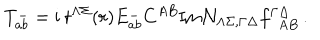
T _ { a b } ^ { - } = \mathrm { i } \ t ^ { \Lambda \Sigma } ( r ) E _ { a b } ^ { - } C ^ { A B } \mathrm { I m } { \cal N } _ { \Lambda \Sigma , \Gamma \Delta } f _ { ~ ~ A B } ^ { \Gamma \Delta } \, .